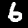
Digit: 6